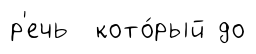
р'ечь кото́рый до